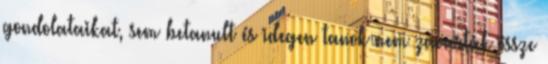
gondolataikat, sem betanult és idegen tanok nem zavarták össze